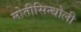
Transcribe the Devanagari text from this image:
मोतीसिन्धोली